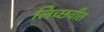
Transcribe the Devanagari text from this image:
लिच्छवीत